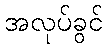
အလုပ်ခွင်